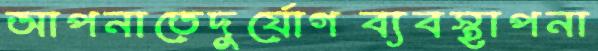
আপনাতেদুর্যোগব্যবস্থাপনা